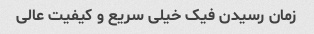
زمان رسیدن فیک خیلی سریع و کیفیت عالی